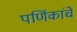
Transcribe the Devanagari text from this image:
पर्णिकांचे